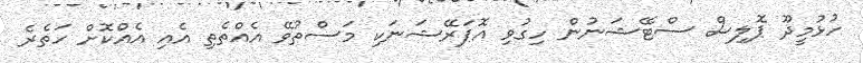
ހުޅުމީދޫ ޕޮލިސް ސްޓޭޝަނުން ހިގުވި އޮޕަރޭޝަނަކި މަސްތުވޭ އެއްތެތި އެއި އެއްކޮށް ހަތެރެ